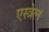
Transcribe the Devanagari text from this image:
एस्त्रेल